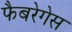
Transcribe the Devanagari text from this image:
फैबरेगेस